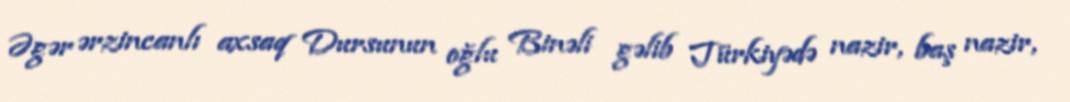
Əgər ərzincanlı axsaq Dursunun oğlu Binəli gəlib Türkiyədə nazir, baş nazir,